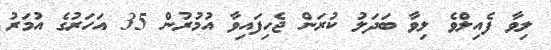
ލިވާ ފެއިލްވެ ލިވާ ބަދަލު ކުރަން ޖެހިފައިވާ އުމުރުން 35 އަހަރުގެ އުމަރު